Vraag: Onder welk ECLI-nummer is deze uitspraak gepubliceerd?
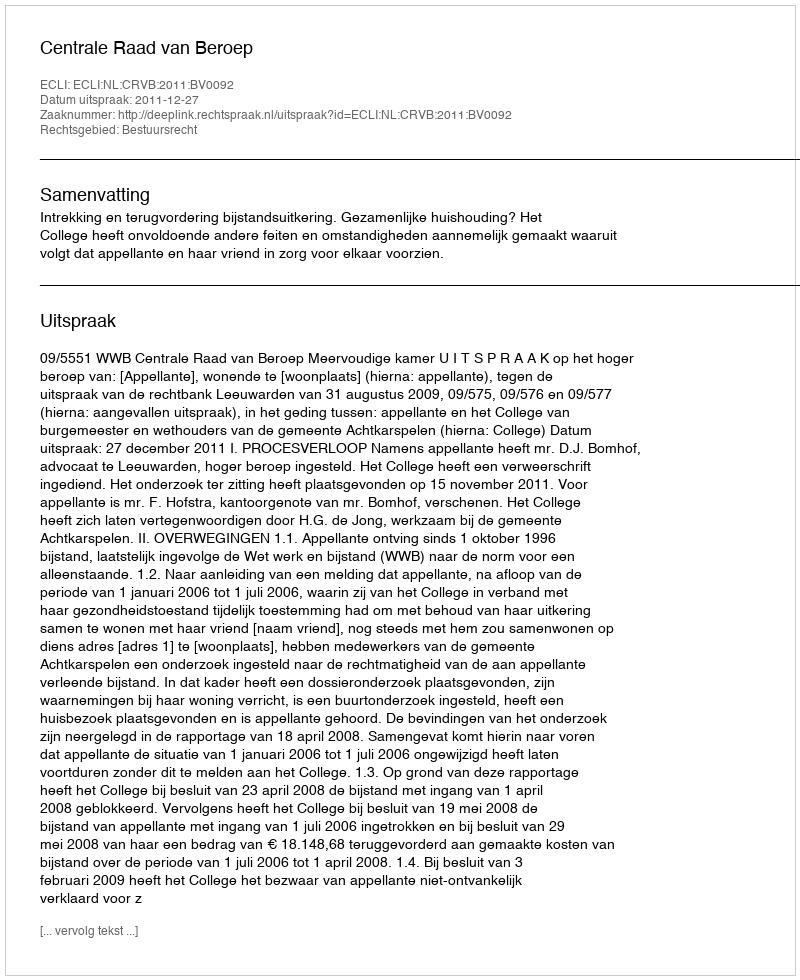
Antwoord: ECLI:NL:CRVB:2011:BV0092